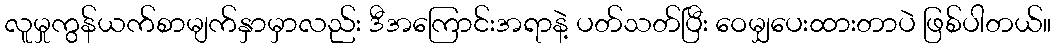
လူမှုကွန်ယက်စာမျက်နှာမှာလည်း ဒီအကြောင်းအရာနဲ့ ပတ်သတ်ပြီး ဝေမျှပေးထားတာပဲ ဖြစ်ပါတယ်။